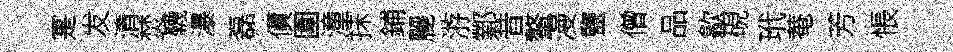
寔发清焚韈瀑磊債圍潼抺鋪麗㳺鄴昔鳌漫鹽僧品歙硯玳菴芳悵